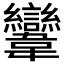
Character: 𩏹